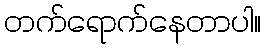
တက်ရောက်နေတာပါ။